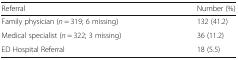
| Referral | Number (%) |
 | --- | --- |
 | Family physician (n = 319; 6 missing) | 132 (41.2) |
 | Medical specialist (n = 322; 3 missing) | 36 (11.2) |
 | ED Hospital Referral | 18 (5.5) |